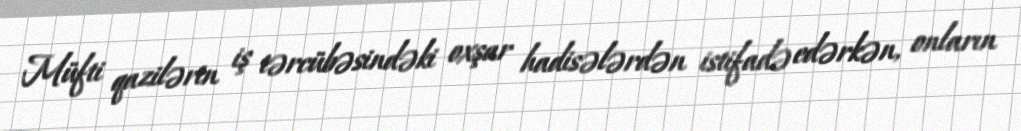
Müfti qazilərin iş tərcübəsindəki oxşar hadisələrdən istifadə edərkən, onların